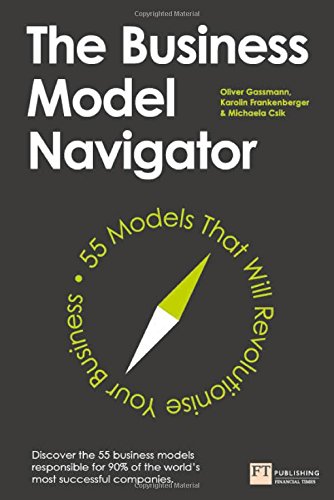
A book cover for The Business Model Navigator: 55 Models That Will Revolutionise Your Business; Oliver Gassmann; Business & Money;